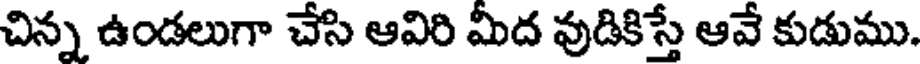
చిన్న ఉండలుగా చేసి ఆవిరి మీద వుడికిస్తే ఆవే కుడుము.